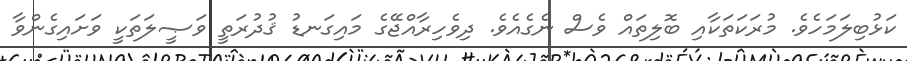
ކަޅުބިލަމަހެވެ. މުރަކަތަކާއި ބޮލިތައް ވެސް ނެގެއެވެ. ދިވެހިރާއްޖޭގެ މައިގަނޑު ޤުދުރަތީ ވަޞީލަތަކީ ވަށައިގެންވާ